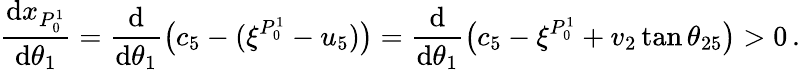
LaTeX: \frac{\mathrm{d}x_{P_{0}^{1}}}{\mathrm{d}\theta_{1}}=\frac{\mathrm{d}}{\mathrm{d}\theta_{1}}\big(c_{5}-(\xi^{P_{0}^{1}}-u_{5})\big)=\frac{\mathrm{d}}{\mathrm{d}\theta_{1}}\big(c_{5}-\xi^{P_{0}^{1}}+v_{2}\tan\theta_{25}\big)>0\, .